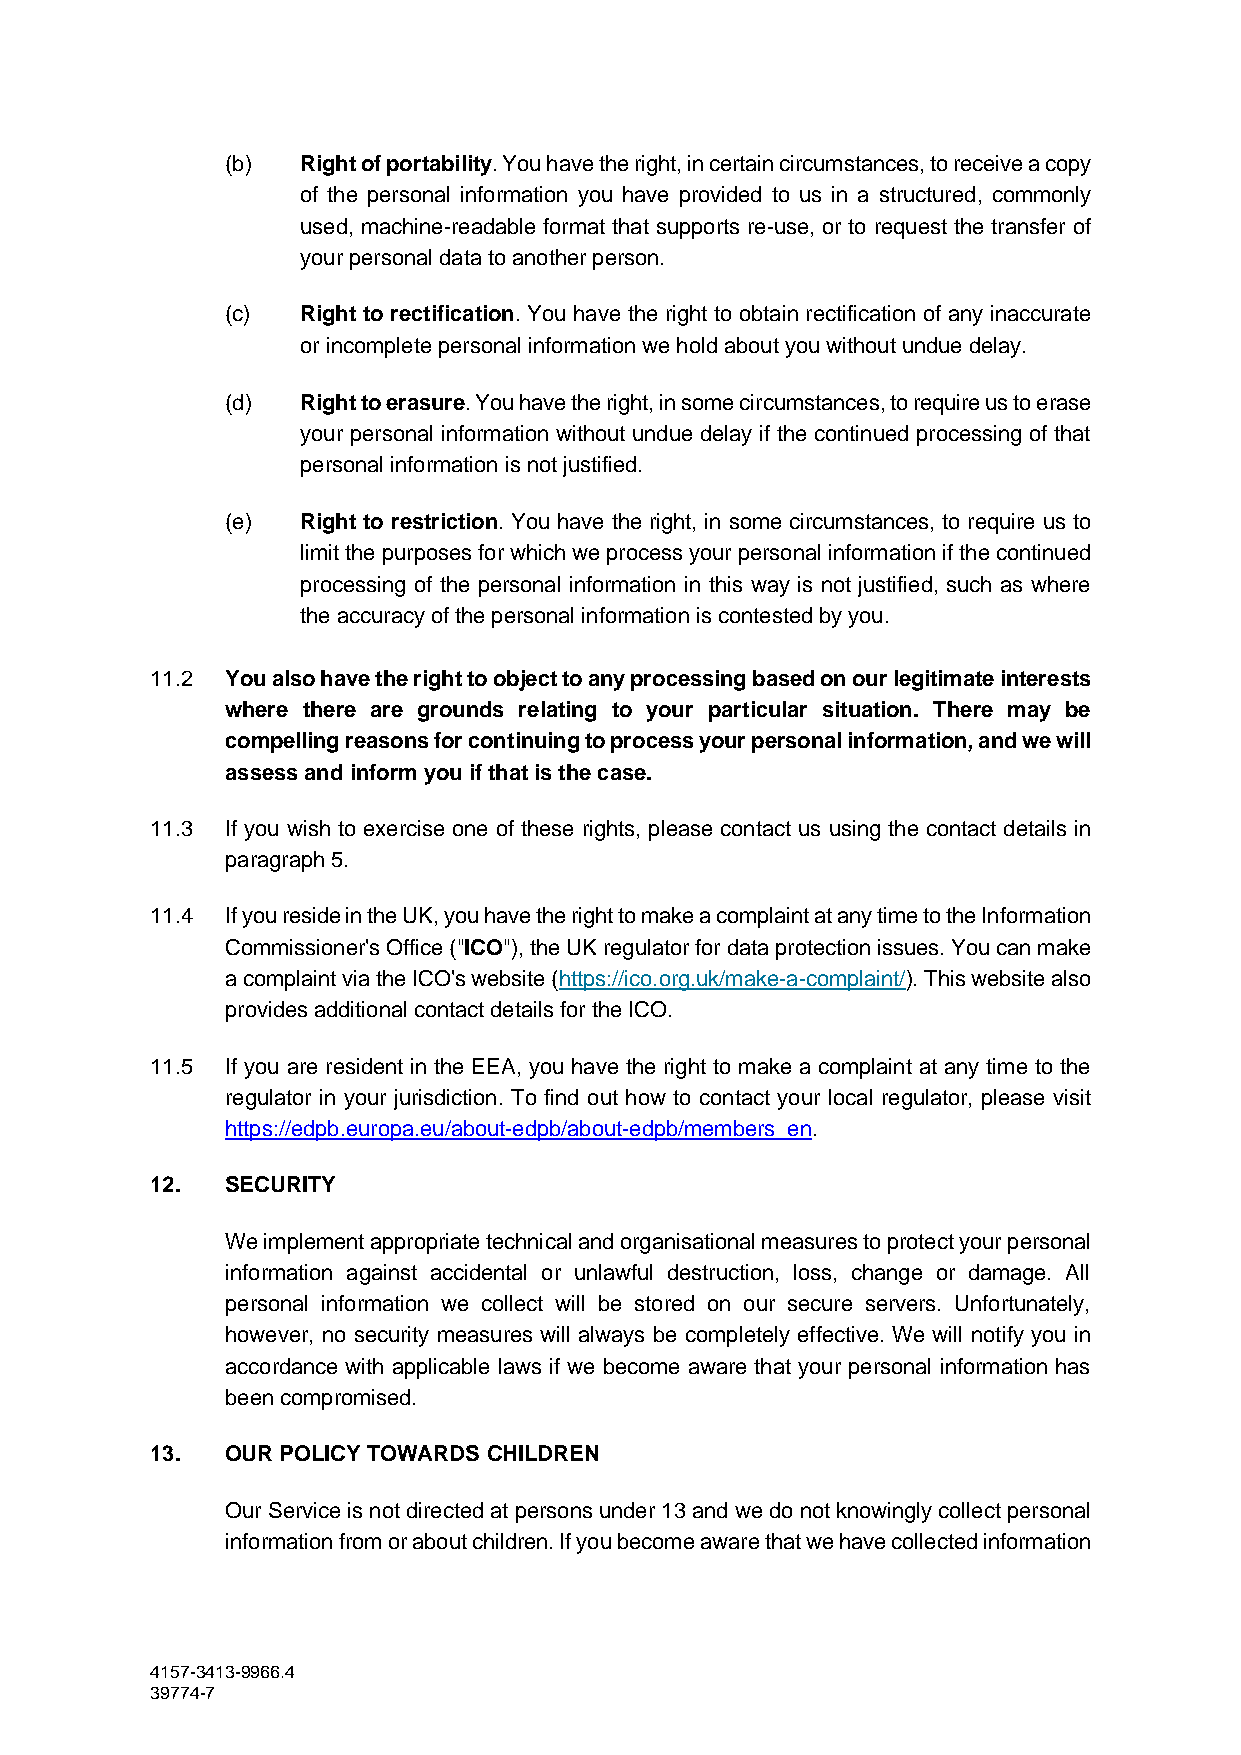
(b)  Right of portability. You have the right, in certain circumstances, to receive a copy
 of the personal information you have provided to us in a structured, commonly
 used, machine-readable format that supports re-use, or to request the transfer of
 your personal data to another person.
 (c)  Right to rectification. You have the right to obtain rectification of any inaccurate
 or incomplete personal information we hold about you without undue delay.
 (d)  Right to erasure. You have the right, in some circumstances, to require us to erase
 your personal information without undue delay if the continued processing of that
 personal information is not justified.
 (e)  Right to restriction. You have the right, in some circumstances, to require us to
 limit the purposes for which we process your personal information if the continued
 processing of the personal information in this way is not justified, such as where
 the accuracy of the personal information is contested by you.
 11.2 You also have the right to object to any processing based on our legitimate interests
 where there are grounds relating to your particular situation. There may be
 compelling reasons for continuing to process your personal information, and we will
 assess and inform you if that is the case.
 11.3 If you wish to exercise one of these rights, please contact us using the contact details in
 paragraph 5.
 11.4 If you reside in the UK, you have the right to make a complaint at any time to the Information
 Commissioner's Office ("ICO"), the UK regulator for data protection issues. You can make
 a complaint via the ICO's website (https://ico.org.uk/make-a-complaint/). This website also
 provides additional contact details for the ICO.
 11.5 If you are resident in the EEA, you have the right to make a complaint at any time to the
 regulator in your jurisdiction. To find out how to contact your local regulator, please visit
 https://edpb.europa.eu/about-edpb/about-edpb/members_en.
 12.  SECURITY
 We implement appropriate technical and organisational measures to protect your personal
 information against accidental or unlawful destruction, loss, change or damage. All
 personal information we collect will be stored on our secure servers. Unfortunately,
 however, no security measures will always be completely effective. We will notify you in
 accordance with applicable laws if we become aware that your personal information has
 been compromised.
 13.  OUR POLICY TOWARDS CHILDREN
 Our Service is not directed at persons under 13 and we do not knowingly collect personal
 information from or about children. If you become aware that we have collected information
 4157-3413-9966.4
 39774-7